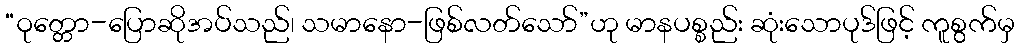
“ဝုတ္တော-ပြောဆိုအပ်သည်၊ သမာနော-ဖြစ်လတ်သော်”ဟု မာနပစ္စည်း ဆုံးသောပုဒ်ဖြင့် ကူစွက်မှ